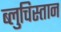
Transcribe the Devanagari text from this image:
ब्लुचिस्तान